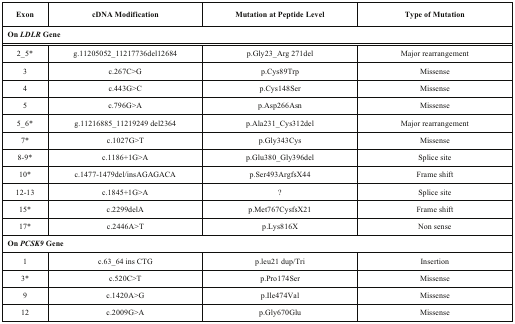
| Exon | cDNA Modification | Mutation at Peptide Level | Type of Mutation |
 | --- | --- | --- | --- |
 | On LDLR Gene |
 | 2_5* | g.11205052_11217736del12684 | p.Gly23_Arg 271del | Major rearrangement |
 | 3 | c.267C>G | p.Cys89Trp | Missense |
 | 4 | c.443G>C | p.Cys148Ser | Missense |
 | 5 | c.796G>A | p.Asp266Asn | Missense |
 | 5_6* | g.11216885_11219249 del2364 | p.Ala231_Cys312del | Major rearrangement |
 | 7* | c.1027G>T | p.Gly343Cys | Missense |
 | 8-9* | c.1186+1G>A | p.Glu380_Gly396del | Splice site |
 | 10* | c.1477-1479del/insAGAGACA | p.Ser493ArgfsX44 | Frame shift |
 | 12-13 | c.1845+1G>A | ? | Splice site |
 | 15* | c.2299delA | p.Met767CysfsX21 | Frame shift |
 | 17* | c.2446A>T | p.Lys816X | Non sense |
 | On PCSK9 Gene |
 | 1 | c.63_64 ins CTG | p.leu21 dup/Tri | Insertion |
 | 3* | c.520C>T | p.Pro174Ser | Missense |
 | 9 | c.1420A>G | p.Ile474Val | Missense |
 | 12 | c.2009G>A | p.Gly670Glu | Missense |